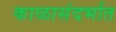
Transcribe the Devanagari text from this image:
काळासंदर्भात